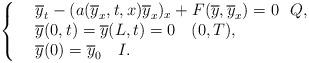
LaTeX: \begin{align*}\left\{\begin{array}{rl}&\overline{y}_t - (a(\overline{y}_x,t,x) \overline{y}_x)_x + F(\overline{y},\overline{y}_x) = 0 \ \ Q,\\&\overline{y}(0,t)=\overline{y}(L,t) = 0\ \ \ (0,T),\\&\overline{y}(0) = \overline{y}_{0}\ \ \ I.\end{array}\right.\end{align*}